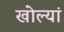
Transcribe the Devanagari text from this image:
खोल्यां